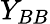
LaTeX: Y_{BB}